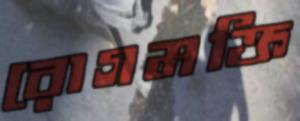
রোগমক্তি